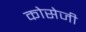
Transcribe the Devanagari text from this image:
कोसेजी